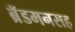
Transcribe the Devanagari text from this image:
ब्रॅडमनसह